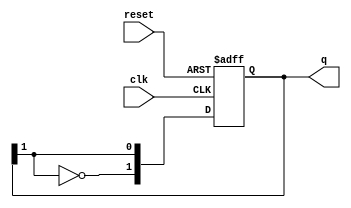
module JohnsonCounter #(parameter N = 2) (
    input wire clk,          // Clock signal
    input wire reset,        // Asynchronous reset
    output reg [N-1:0] q     // Current state output
);

    // Johnson counter behavior
    always @(posedge clk or posedge reset) begin
        if (reset) begin
            q <= {N{1'b0}}; // Initialize the counter to '0'
        end else begin
            q <= {~q[N-1], q[N-1:N-1]}; // Shift and feedback inverted last bit
        end
    end

endmodule